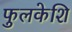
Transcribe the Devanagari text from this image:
फुलकेशि